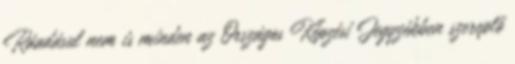
Ráadásul nem is minden az Országos Képzési Jegyzékben szereplő